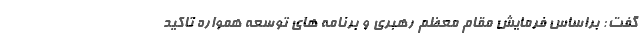
گفت: براساس فرمایش مقام معظم رهبری و برنامه های توسعه همواره تاکید